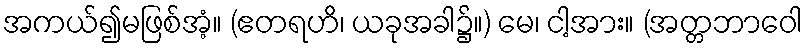
အကယ်၍မဖြစ်အံ့။ (ဧတရဟိ၊ ယခုအခါ၌။) မေ၊ ငါ့အား။ (အတ္တဘာဝေါ